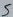
Text: 5